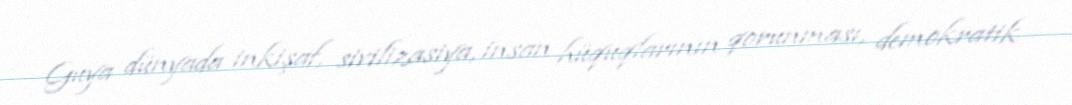
Guya dünyada inkişaf, sivilizasiya, insan hüquqlarının qorunması, demokratik